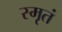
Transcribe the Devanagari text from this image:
स्मृतं